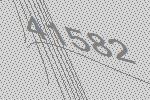
41582